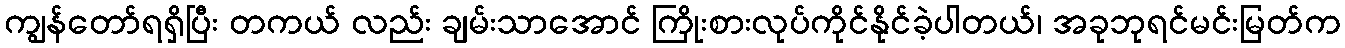
ကျွန်တော်ရရှိပြီး တကယ် လည်း ချမ်းသာအောင် ကြိုးစားလုပ်ကိုင်နိုင်ခဲ့ပါတယ်၊ အခုဘုရင်မင်းမြတ်က